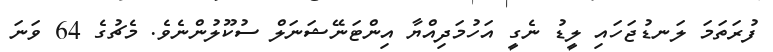
ފުރަތަމަ ލަނޑުޖަހައި ލީޑު ނެގީ އަހުމަދިއްޔާ އިންޓަނޭޝަނަލް ސުކޫލުންނެވެ. މެޗުގެ 64 ވަނަ